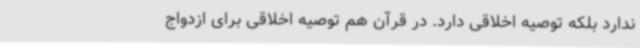
ندارد بلکه توصیه اخلاقی دارد. در قرآن هم توصیه اخلاقی برای ازدواج